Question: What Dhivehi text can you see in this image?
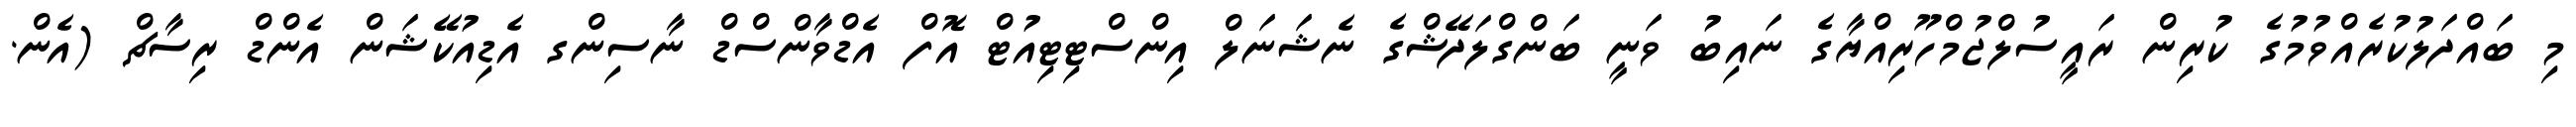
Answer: މި ބައްދަލުކުރެއްވުމުގެ ކުރިން ރައީސުލްޖުމްހޫރިއްޔާގެ ނައިބު ވަނީ ބަންގްލަދޭޝްގެ ނެޝަނަލް އިންސްޓިޓިއުޓް އޮފް އެޑްވާންސްޑް ނާސިންގ އެޑިއުކޭޝަން އެންޑް ރިސާޗް (އެން.